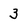
Character: 3